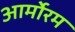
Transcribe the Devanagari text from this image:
आर्मोरम